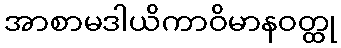
အာစာမဒါယိကာဝိမာနဝတ္ထု